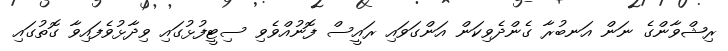
ރިޝްވާންގެ ނަން އަނބުރާ ގެންދެވިކަން އަންގަވައި ރައީސް ފޮނުއްވެވި ސިޓީފުޅުގައި ވިދާޅުވެފައިވާ ގޮތުގައި